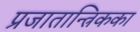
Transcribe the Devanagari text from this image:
प्रजातान्त्रिकका